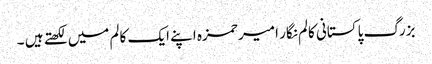
بزرگ پاکستانی کالم نگار امیر حمزہ اپنے ایک کالم میں لکھتے ہیں ۔